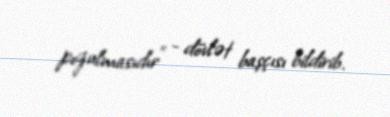
pozulmasıdır” - dövlət başçısı bildirib.